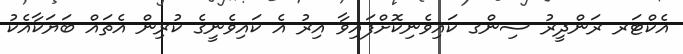
އެކްޓަރ ރަންދީރު ސިންގ ކައިވެނިކޮށްފައިވާ އިރު އެ ކައިވެނީގެ ކުރިން އެތައް ބަޔަކާއެކު